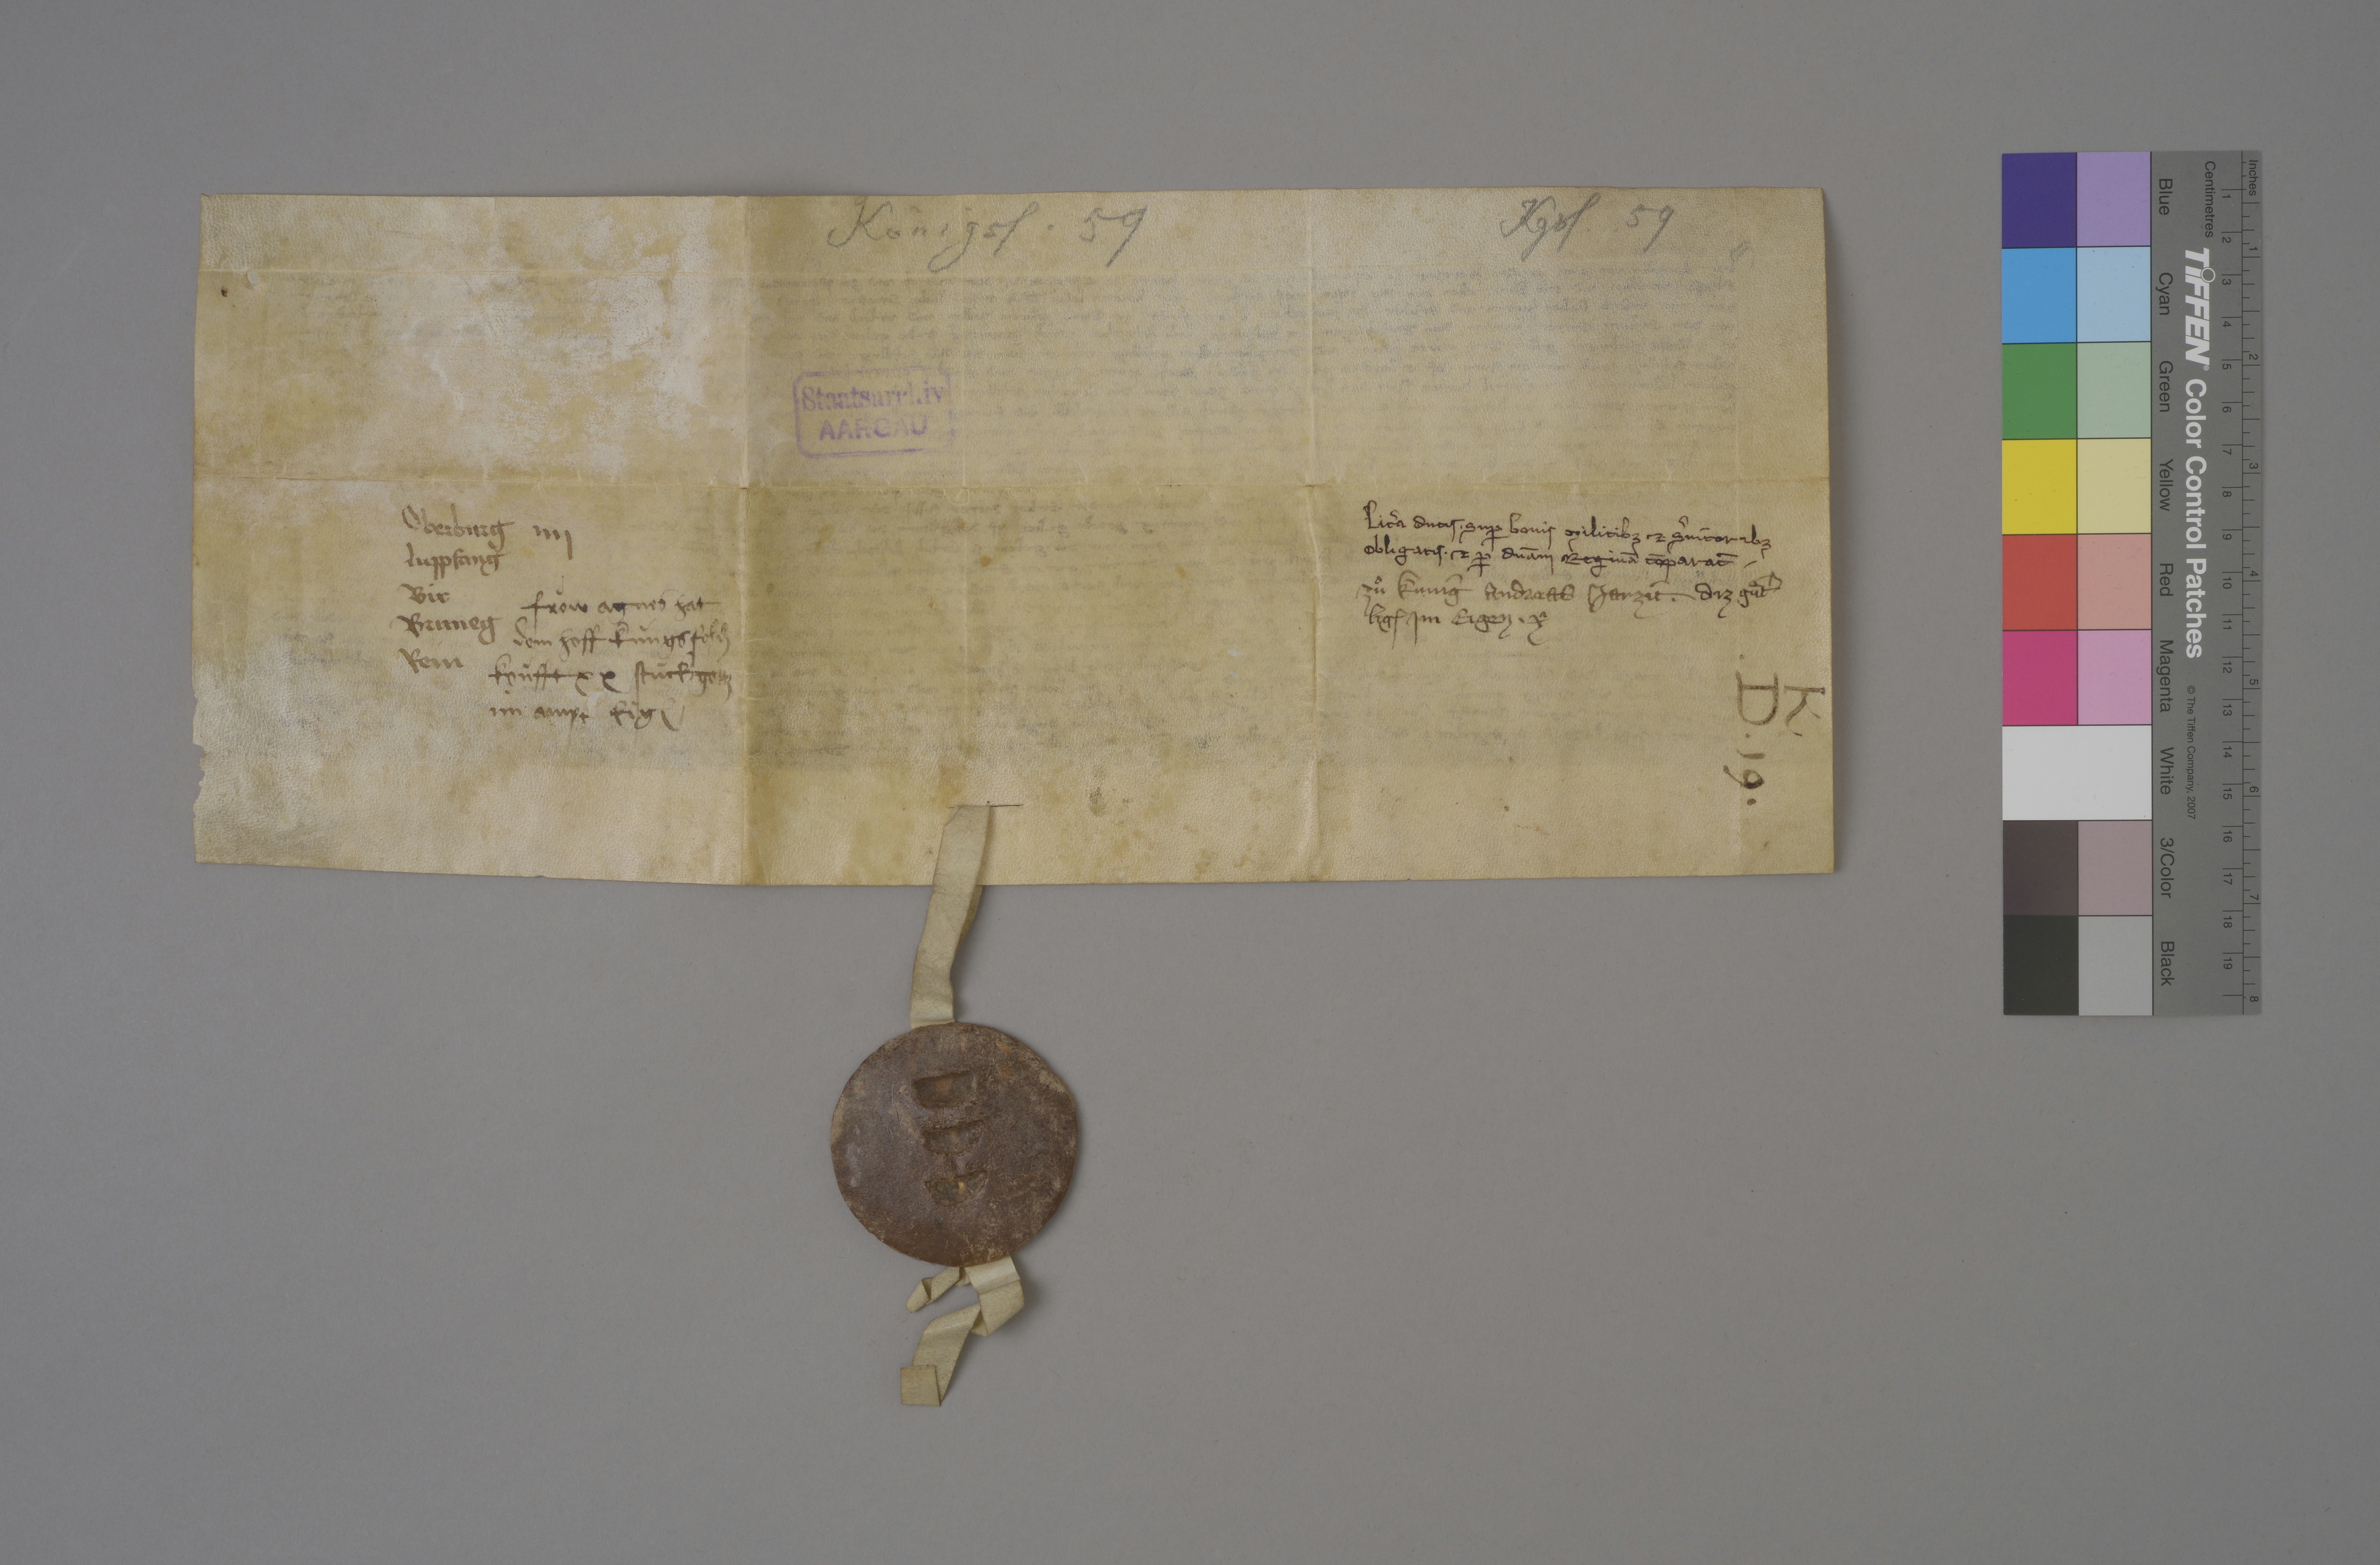
Kgsf. 59

Königsf. 59

Staatsarchiv
AARGAU

litˀa ducis ✳ suꝑ bonis militibƺ ꝫ sˀvitoribƺ
obligatis ꝫ ꝑ dn̄am reginā cōparat̃ ✳

Oberburg iiij
Luppfang
Bir
Bruneg
Rein

zuͦ kùnig Andreas jarzit ✳

diz guͦtˀ
lig₎ im Eigen

froͧw Agnes hat
dem hoff Kùngsfeld₎
koùfft xx stùck geltz
im ampt Eig₎ ✳

✳ x

K ✳
✳ D ✳ 19 ✳